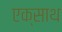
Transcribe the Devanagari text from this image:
एक्साथ